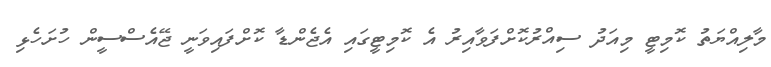
މާލިއްޔަތު ކޮމިޓީ މިއަދު ސިއްރުކޮށްފަވާއިރު އެ ކޮމިޓީގައި އެޖެންޑާ ކޮށްފައިވަނީ ޖޭއެސްސީން ހުށަހެޅި